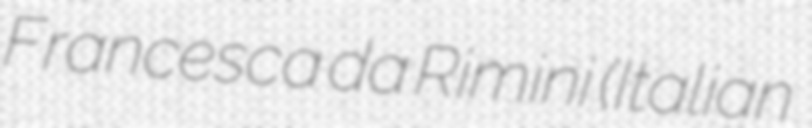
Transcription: Francesca da Rimini (Italian